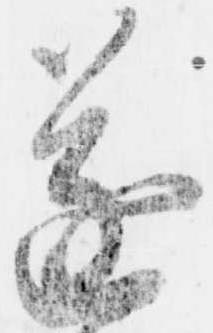
遂